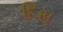
દિસ